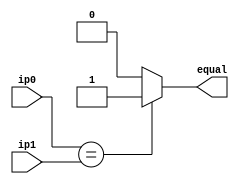
module comparator(ip0, ip1, equal); 

	output equal;
	
	input  [15:0] ip0, ip1;
	
	assign equal = (ip0 == ip1) ? 1'b1 : 1'b0;
endmodule